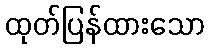
ထုတ်ပြန်ထားသော